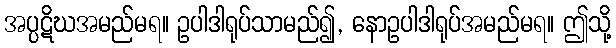
အပ္ပဋိဃအမည်မရ။ ဥပါဒါရုပ်သာမည်၍, နောဥပါဒါရုပ်အမည်မရ။ ဤသို့